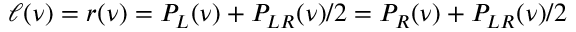
\ell ( \nu ) = r ( \nu ) = P _ { L } ( \nu ) + P _ { L R } ( \nu ) / 2 = P _ { R } ( \nu ) + P _ { L R } ( \nu ) / 2